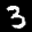
Label: 3